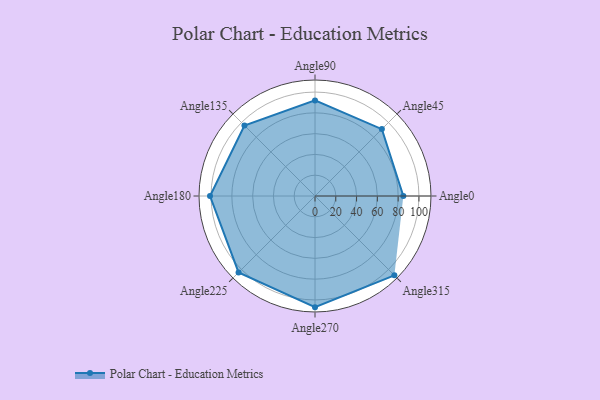
{"axis": {"x": "Angle", "y": "Radius"}, "legend": [""], "data": [{"x": "Angle0", "y": 85.0, "type": ""}, {"x": "Angle45", "y": 91.0, "type": ""}, {"x": "Angle90", "y": 92.0, "type": ""}, {"x": "Angle135", "y": 96.0, "type": ""}, {"x": "Angle180", "y": 101.0, "type": ""}, {"x": "Angle225", "y": 104.0, "type": ""}, {"x": "Angle270", "y": 107.0, "type": ""}, {"x": "Angle315", "y": 108.0, "type": ""}]}